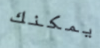
يمكنك